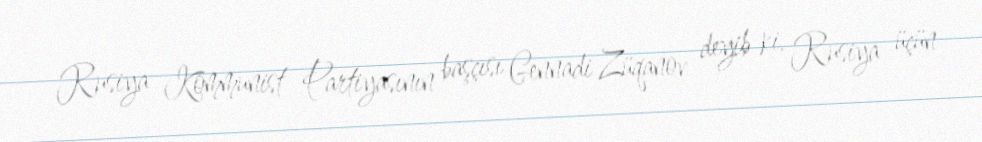
Rusiya Kommunist Partiyasının başçısı Gennadi Züqanov deyib ki, Rusiya üçün